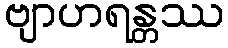
ဗျာဟရန္တဿ